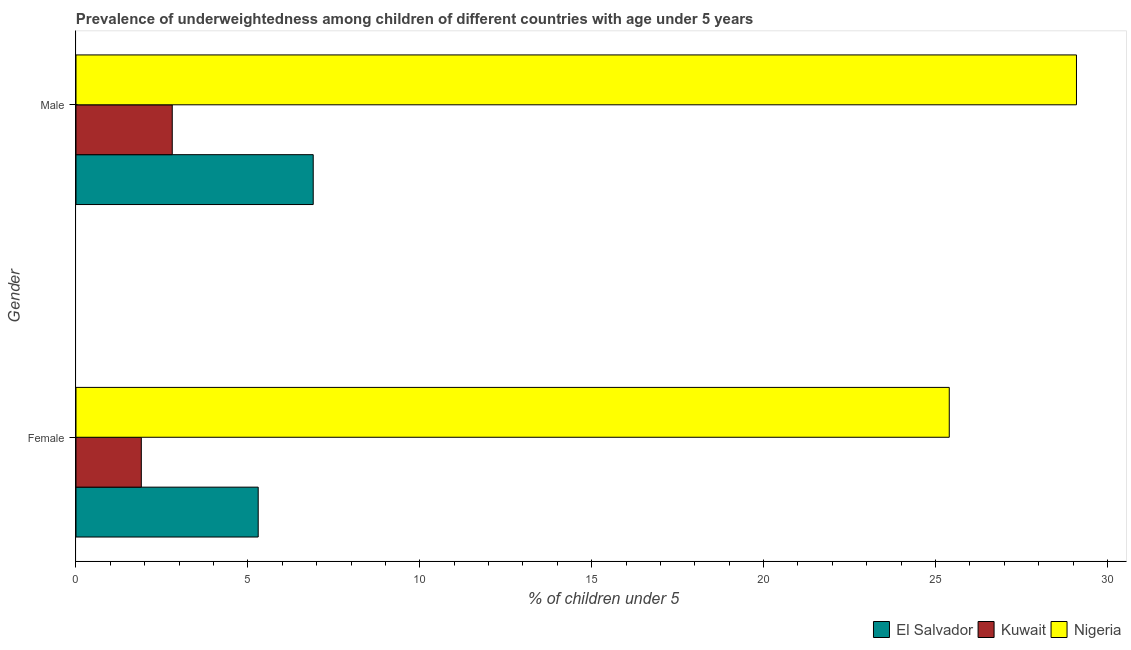
| Gender | El Salvador | Kuwait | Nigeria |
 | --- | --- | --- | --- |
 | Female | 5.3 | 1.9 | 25.4 |
 | Male | 6.9 | 2.8 | 29.1 |